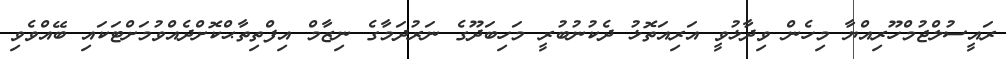
ރައީސުލްޖުމްހޫރިއްޔާ މިހެން ވިދާޅުވީ އަރިއަތޮޅު ދެކުނުބުރީ މަހިބަދޫގެ ނަރުދަމާގެ ނިޒާމް އިފްތިތާޙްކޮށްދެއްވުމަށްޓަކައި ބޭއްވެވި